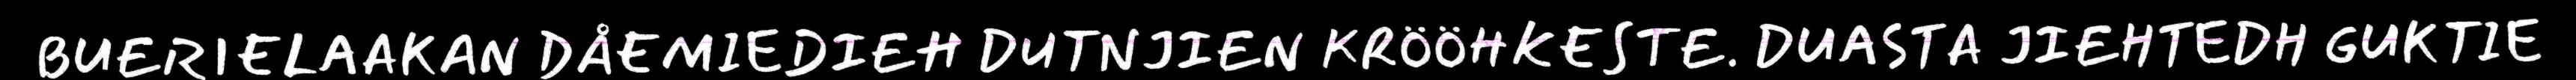
BUERIELAAKAN DÅEMIEDIEH DUTNJIEN KRÖÖHKESTE. DUASTA JIEHTEDH GUKTIE